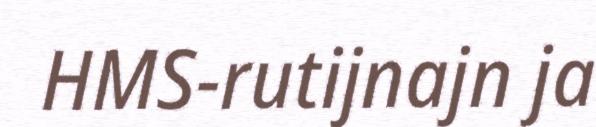
HMS-rutijnajn ja